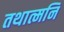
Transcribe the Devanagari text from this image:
तथात्मनि